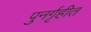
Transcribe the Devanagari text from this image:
पुनर्गृहीत